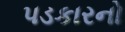
પડકારનો